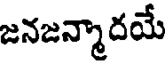
జనజన్మాదయే